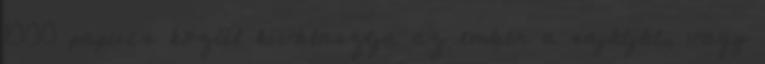
1000 papucs közül kiválasztja az ember a sajátját, vagy